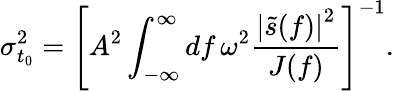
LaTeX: \sigma_{t_{0}}^{2}=\left[A^{2}\int_{-\infty}^{\infty}\mathop{df}\omega^{2}\frac{\left|\tilde{s}(f)\right|^{2}}{J(f)}\right]^{-1}.